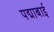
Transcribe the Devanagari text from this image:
पद्माबाई